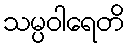
သမ္ပဝါရေတိ